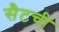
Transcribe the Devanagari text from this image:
सैटची